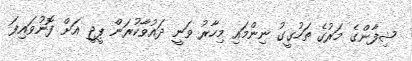
ޝިފާންގެ މަރުގެ ތަހުގީގު ނިންމައި މިހާރު ވަނީ ދައުވާކުރަން ޕީޖީ އަށް ފޮނުވައިފަ